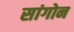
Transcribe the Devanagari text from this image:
सांगोन